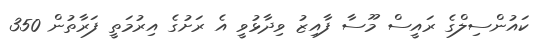
ކައުންސިލްގެ ރައީސް މޫސާ ފާއިޒު ވިދާޅުވީ އެ ރަށުގެ އިރުމަތީ ފަރާތުން 350